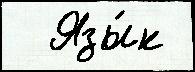
  Язы́к